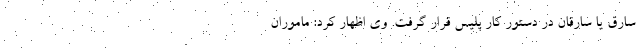
سارق یا سارقان در دستور کار پلیس قرار گرفت. وی اظهار کرد: ماموران